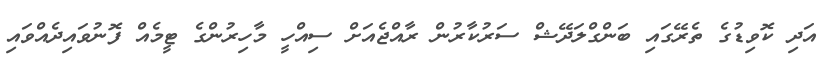
އަދި ކޮވިޑުގެ ތެރޭގައި ބަންގްލަދޭޝް ސަރުކާރުން ރާއްޖެއަށް ސިއްހީ މާހިރުންގެ ޓީމެއް ފޮނުވައިދެއްވައި